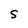
Character: S